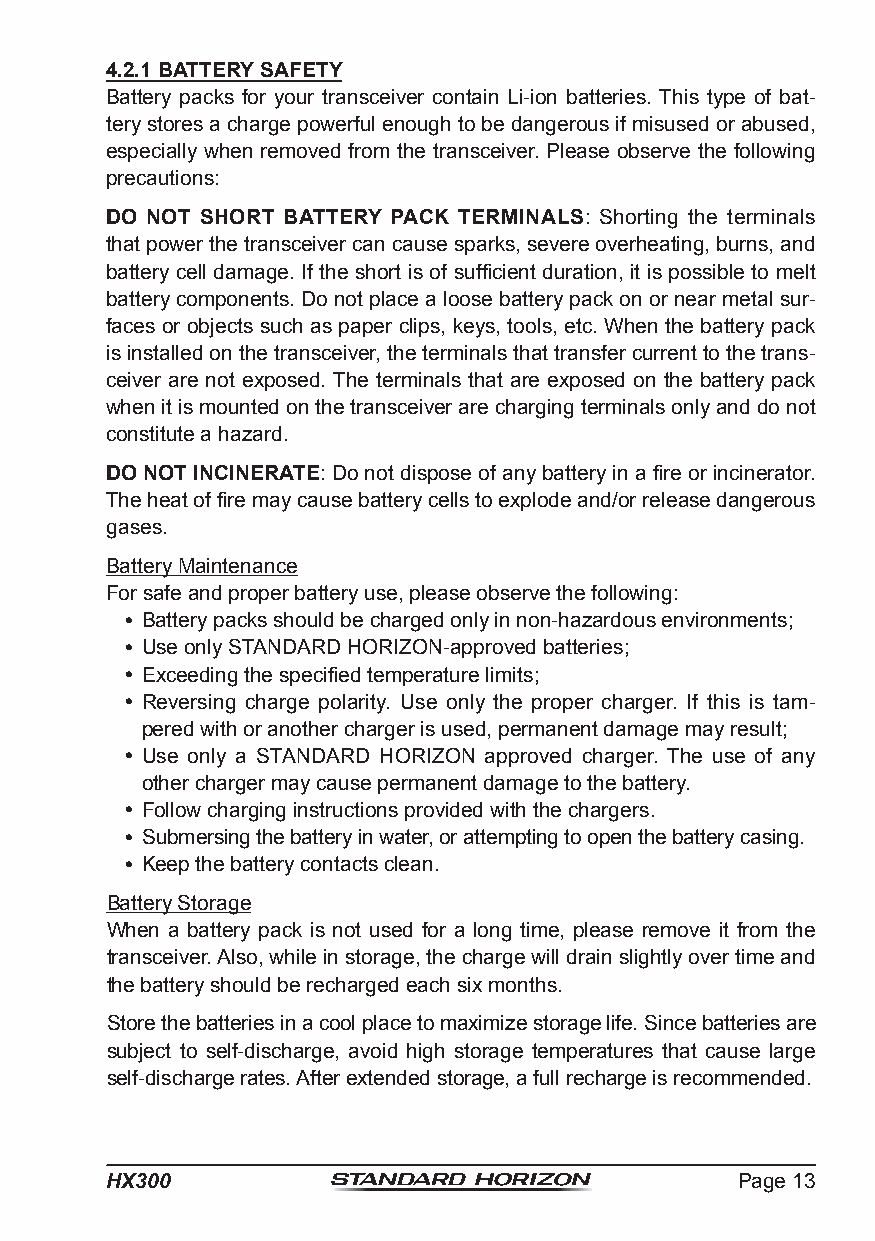
4.2.1 BATTERY SAFETY
 Battery packs for your transceiver contain Li-ion batteries. This type of bat-
 tery stores a charge powerful enough to be dangerous if misused or abused,
 especially when removed from the transceiver. Please observe the following
 precautions:
 DO NOT SHORT BATTERY PACK TERMINALS: Shorting the terminals
 that power the transceiver can cause sparks, severe overheating, burns, and
 battery cell damage. If the short is of sufficient duration, it is possible to melt
 battery components. Do not place a loose battery pack on or near metal sur-
 faces or objects such as paper clips, keys, tools, etc. When the battery pack
 is installed on the transceiver, the terminals that transfer current to the trans-
 ceiver are not exposed. The terminals that are exposed on the battery pack
 when it is mounted on the transceiver are charging terminals only and do not
 constitute a hazard.
 DO NOT INCINERATE: Do not dispose of any battery in a fire or incinerator.
 The heat of fire may cause battery cells to explode and/or release dangerous
 gases.
 Battery Maintenance
 For safe and proper battery use, please observe the following:
  Battery packs should be charged only in non-hazardous environments;
  Use only STANDARD HORIZON-approved batteries;
  Exceeding the specified temperature limits;
  Reversing charge polarity. Use only the proper charger. If this is tam-
 pered with or another charger is used, permanent damage may result;
  Use only a STANDARD HORIZON approved charger. The use of any
 other charger may cause permanent damage to the battery.
  Follow charging instructions provided with the chargers.
  Submersing the battery in water, or attempting to open the battery casing.
  Keep the battery contacts clean.
 Battery Storage
 When a battery pack is not used for a long time, please remove it from the
 transceiver. Also, while in storage, the charge will drain slightly over time and
 the battery should be recharged each six months.
 Store the batteries in a cool place to maximize storage life. Since batteries are
 subject to self-discharge, avoid high storage temperatures that cause large
 self-discharge rates. After extended storage, a full recharge is recommended.
 HX300                                     Page 13